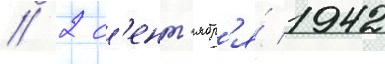
// 2 с'ент'ябр'я́ 1942